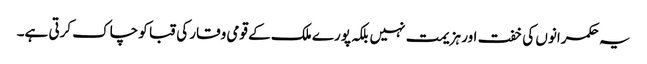
یہ حکمرانوں کی خفت اور ہزیمت نہیں بلکہ پورے ملک کے قومی وقار کی قبا کو چاک کرتی ہے۔